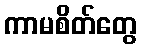
ကာမစိတ်တွေ